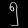
Digit: ၅